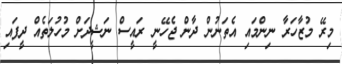
މިރޭ މުޒާހަރާ ނިންމައި އެތަނުން ދާން ޖެހޭނީ ރައީސް ނަޝީދަށް މުހުލަތެއް ދީފައި